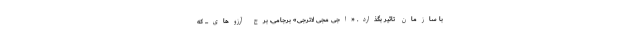
با سازمان تاثیر بگذارد. «اجی مجی لاترجی» برجامی، برج آرزوهای... که